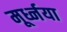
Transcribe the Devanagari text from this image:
मूर्ध्नया